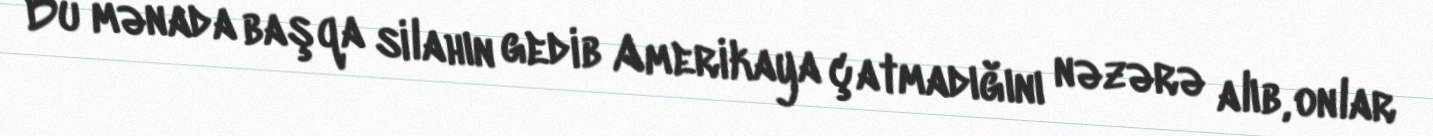
Bu mənada başqa silahın gedib Amerikaya çatmadığını nəzərə alıb, onlar